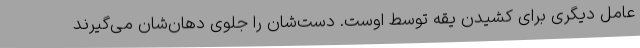
عامل دیگری برای کشیدن یقه توسط اوست. دست‌شان را جلوی دهان‌شان می‌گیرند